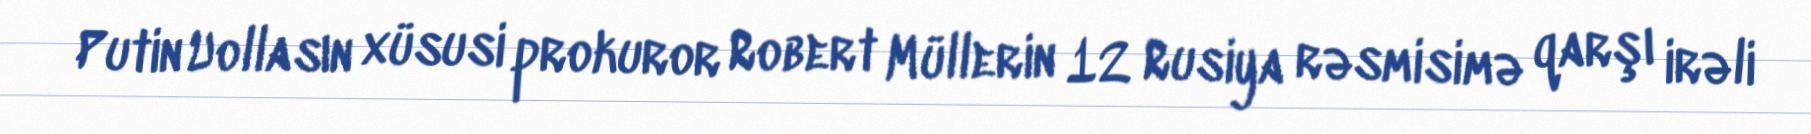
Putin Uollasın xüsusi prokuror Robert Müllerin 12 Rusiya rəsmisimə qarşı irəli